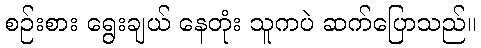
စဉ်းစား ရွေးချယ် နေတုံး သူကပဲ ဆက်ပြောသည်။